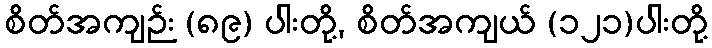
စိတ်အကျဉ်း (၈၉) ပါးတို့, စိတ်အကျယ် (၁၂၁)ပါးတို့